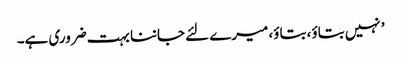
’ نہیں بتاؤ، بتاؤ، میرے لئے جاننا بہت ضروری ہے۔